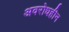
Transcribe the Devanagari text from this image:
अवरोधहीन